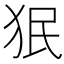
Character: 𬌭